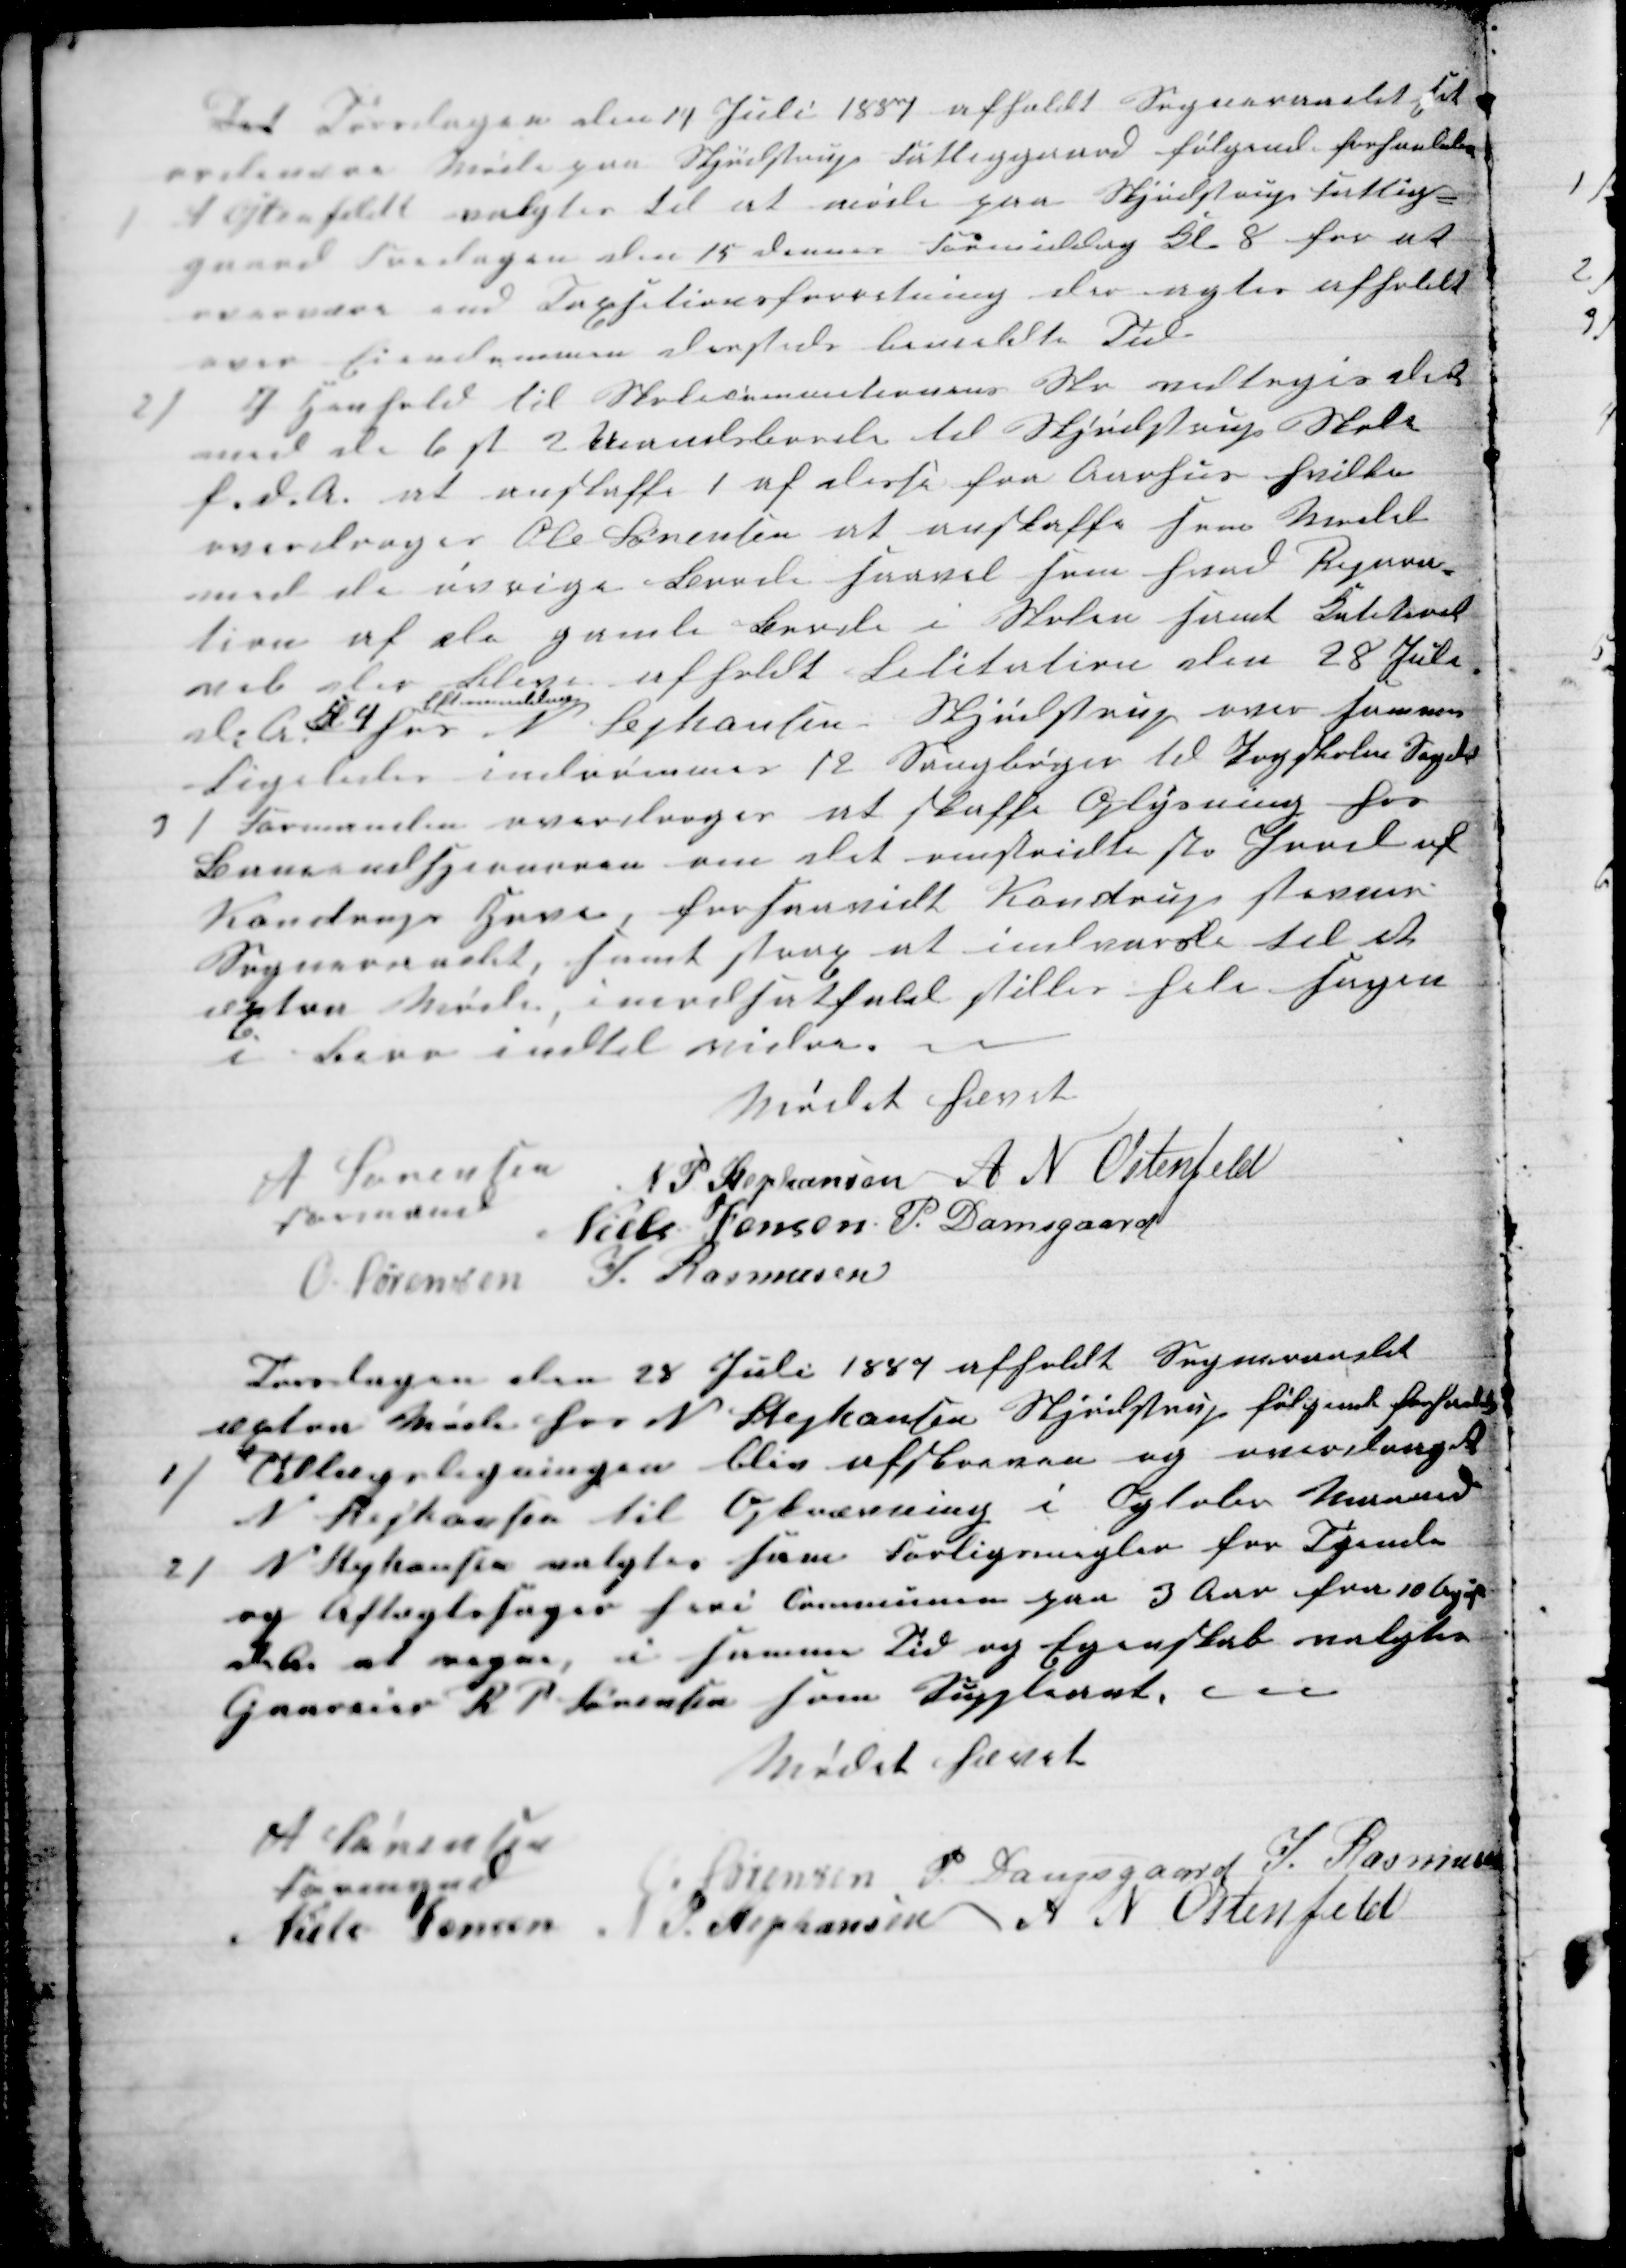
Transskription:
Der Torsdagen den 14 Juli 1887 afholdt Sogneraadet sit
ordinære Møde paa Skjødstrup Fattiggaard følgende forhanledes
1
A Ostenfeldt valgtes til at møde paa Skjødstrup Fattig=
gaard Fredagen den 15 dennes Formiddag Kl 8 for at
overvære end Taxsetionsforretning der agtes afholdt
over Eiendommen dersteds bemeldte Tid
2)
I Henhold til Skolecommitionens Skr vedtoges det
med de 6 st 2 Mandsborde til Skjødstrup Skole
f. d. A. at anskaffe 1 af disse fra Aarhus hvilke
overdroges Ole Sørensen at anskaffe som Model
med de øvrige Borde saavel som hvad Repara-
tion af de gamle Borde i Skolen samt Kateteret
vil der blive afholdt Lititation den 28 Juli.
d. A.
Kl 4
Eftermiddag
hos N. Stephansen Skjødstrup over samme
Ligeledes indrømmes 12 Sangbøger til Pogeskolen Segalt 
3)
Formanden overdroges at skaffe Oplysning hos
Baneendsjeonoren om det omstridte sto Jord af
Kondrups Have, forsaavidt Kondrup stævner
Sogneraadet, samt strax at indvarsle til et
æxtra Møde, imodsatfald stilles hele Sagen
i Bero indtil vidre.
Mødet hævet
A Sørensen  
Formand
N P Stephansen A N Ostenfeld
Niels Jensen P. Damsgaard
O. Sørensen J. Rasmusen
Torsdagen den 28 Juli 1887 afholdt Sogneraadet
æxtra Møde hos N. Stephansen Skjødstrup følgende forhanledes
1)
Tillægsligningen blev afskreven og overdraget
N. Stephansen til Opkrævning i Ogtober Maaned
2)
N Stephansen valgtes som Forligsmægler for Tyende
og Aftægtssager heri Communen paa 3 Aar fra 10 Agust
d. A. at regne, i samme Tid og Egenskab valgtes
Gaardeier R P Sørensen som Suppleant. 
Mødet hævet
A Sørensen
Formand
O. Sørensen J. Rasmusen
Niels Jensen N. P. Stephansen  A N Ostenfeld